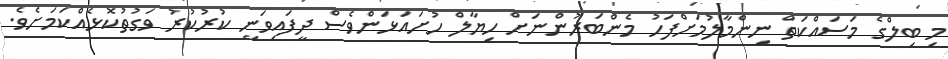
މި ބިލްގެ މަސައްކަތް ނިންމާލުމަށްފަހު މެންބަރުންނަށް ހިޔާލް ހުށައަޅަންވެސް ދީފައިވަނީ ކުރުކުރު ވަގުތުކޮޅެއްކަމަށެވެ.